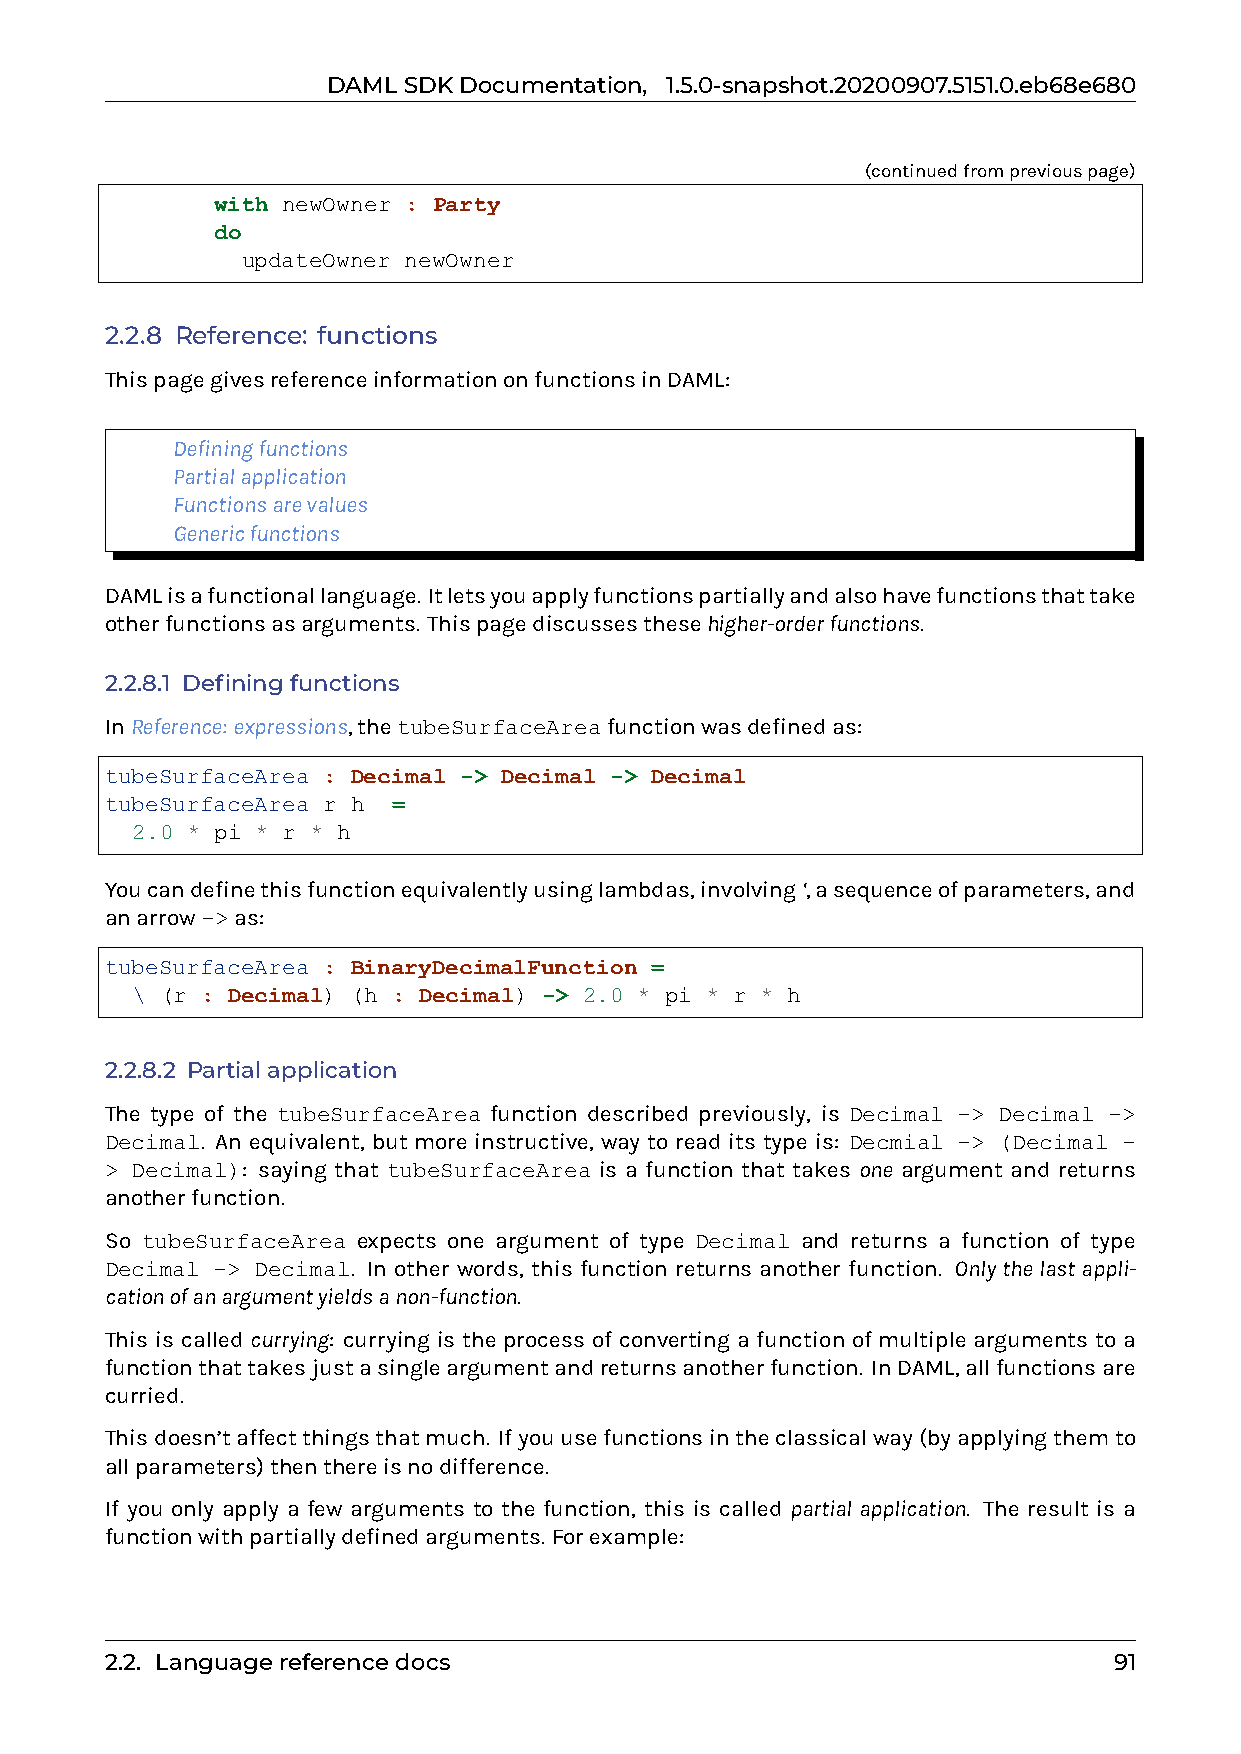
DAMLSDKDocumentation, 1.5.0-snapshot.20200907.5151.0.eb68e680
 (continuedfrompreviouspage)
 with newOwner : Party
 do
 updateOwner newOwner
 2.2.8 Reference: functions
 ThispagegivesreferenceinformationonfunctionsinDAML:
 0 Definingfunctions
 0 Partialapplication
 0 Functionsarevalues
 0 Genericfunctions
 DAMLisafunctionallanguage. Itletsyouapplyfunctionspartiallyandalsohavefunctionsthattake
 otherfunctionsasarguments. Thispagediscussesthesehigher-orderfunctions.
 2.2.8.1 Definingfunctions
 InReference: expressions,thetubeSurfaceAreafunctionwasdefinedas:
 tubeSurfaceArea : Decimal -> Decimal -> Decimal
 tubeSurfaceArea r h =
 2.0 * pi * r * h
 Youcandefinethisfunctionequivalentlyusinglambdas,involving‘,asequenceofparameters,and
 anarrow->as:
 tubeSurfaceArea : BinaryDecimalFunction =
 \ (r : Decimal) (h : Decimal) -> 2.0 * pi * r * h
 2.2.8.2 Partialapplication
 The type of the tubeSurfaceArea function described previously, is Decimal -> Decimal ->
 Decimal. An equivalent, but more instructive, way to read its type is: Decmial -> (Decimal -
 > Decimal): saying that tubeSurfaceArea is a function that takes one argument and returns
 anotherfunction.
 So tubeSurfaceArea expects one argument of type Decimal and returns a function of type
 Decimal -> Decimal. In other words, this function returns another function. Only the last appli-
 cationofanargumentyieldsanon-function.
 This is called currying: currying is the process of converting a function of multiple arguments to a
 functionthattakesjustasingleargumentandreturnsanotherfunction. InDAML,allfunctionsare
 curried.
 Thisdoesn’taffectthingsthatmuch. Ifyouusefunctionsintheclassicalway(byapplyingthemto
 allparameters)thenthereisnodifference.
 If you only apply a few arguments to the function, this is called partial application. The result is a
 functionwithpartiallydefinedarguments. Forexample:
 2.2. Languagereferencedocs                                         91